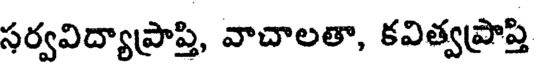
సర్వవిద్యాప్రాప్తి, వాచాలతా, కవిత్వప్రాప్తి